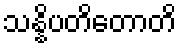
သန္နိပတိတောတိ